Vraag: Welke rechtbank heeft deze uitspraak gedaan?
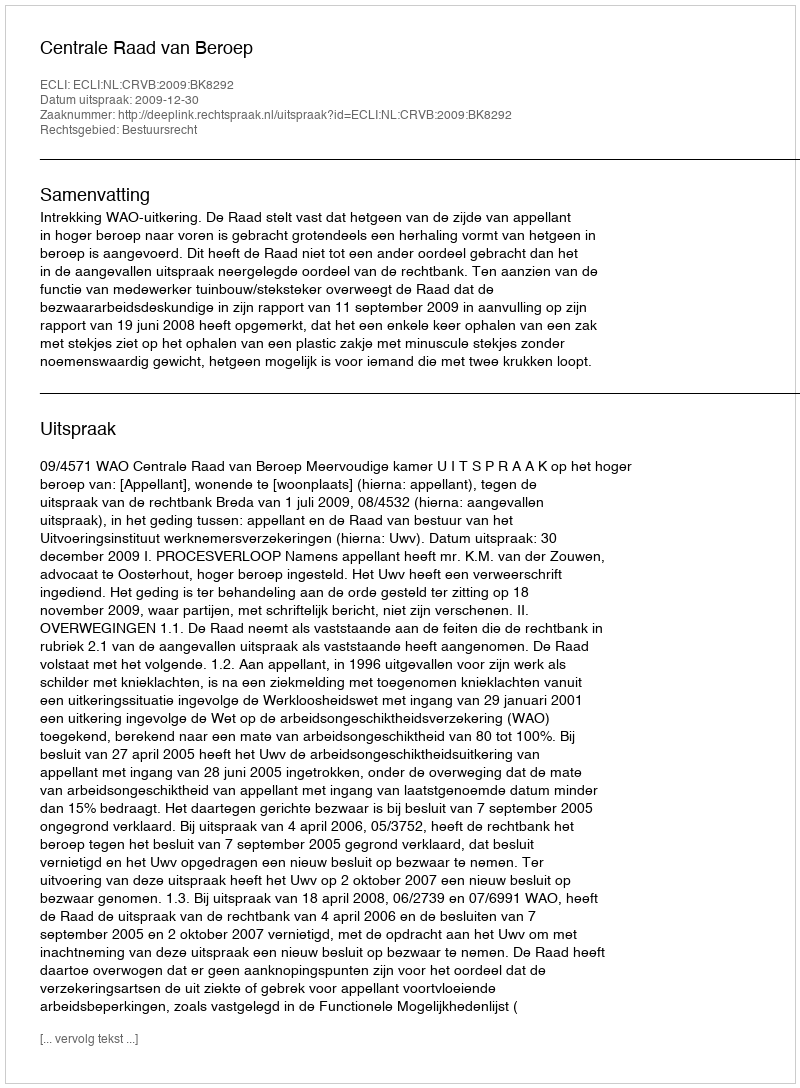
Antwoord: Centrale Raad van Beroep